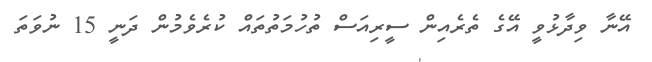
އޭނާ ވިދާޅުވީ އޭގެ ތެރެއިން ސީރިއަސް ތުހުމަތުތައް ކުރެވެމުން ދަނީ 15 ނުވަތަ